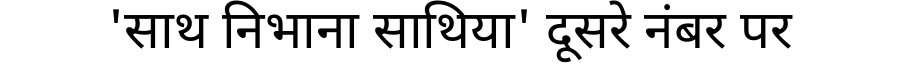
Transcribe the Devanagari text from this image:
'साथ निभाना साथिया' दूसरे नंबर पर